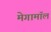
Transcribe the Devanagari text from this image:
मेगामॉल